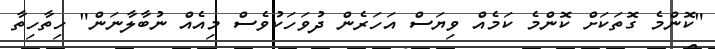
"ކޮންމެ ގޮތަކަށް ކޮންމެ ކަމެއް ވިޔަސް އަހަރެން ދުވަހަކުވެސް މިއެއް ނުބާލާނަން" ހިތާހިތާ